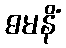
ဓမနိံ